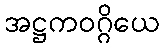
အဋ္ဌကဝဂ္ဂိယေ